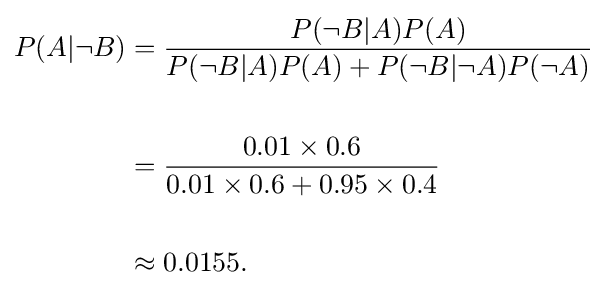
{\begin{aligned}P(A|\neg B)&={\frac {P(\neg B|A)P(A)}{P(\neg B|A)P(A)+P(\neg B|\neg A)P(\neg A)}}\\\\&={\frac {0.01\times 0.6}{0.01\times 0.6+0.95\times 0.4}}\\~\\&\approx 0.0155.\end{aligned}}